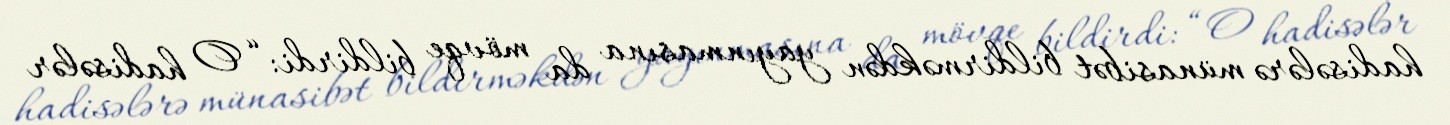
hadisələrə münasibət bildirməkdən yayınmasına da mövqe bildirdi: “O hadisələr